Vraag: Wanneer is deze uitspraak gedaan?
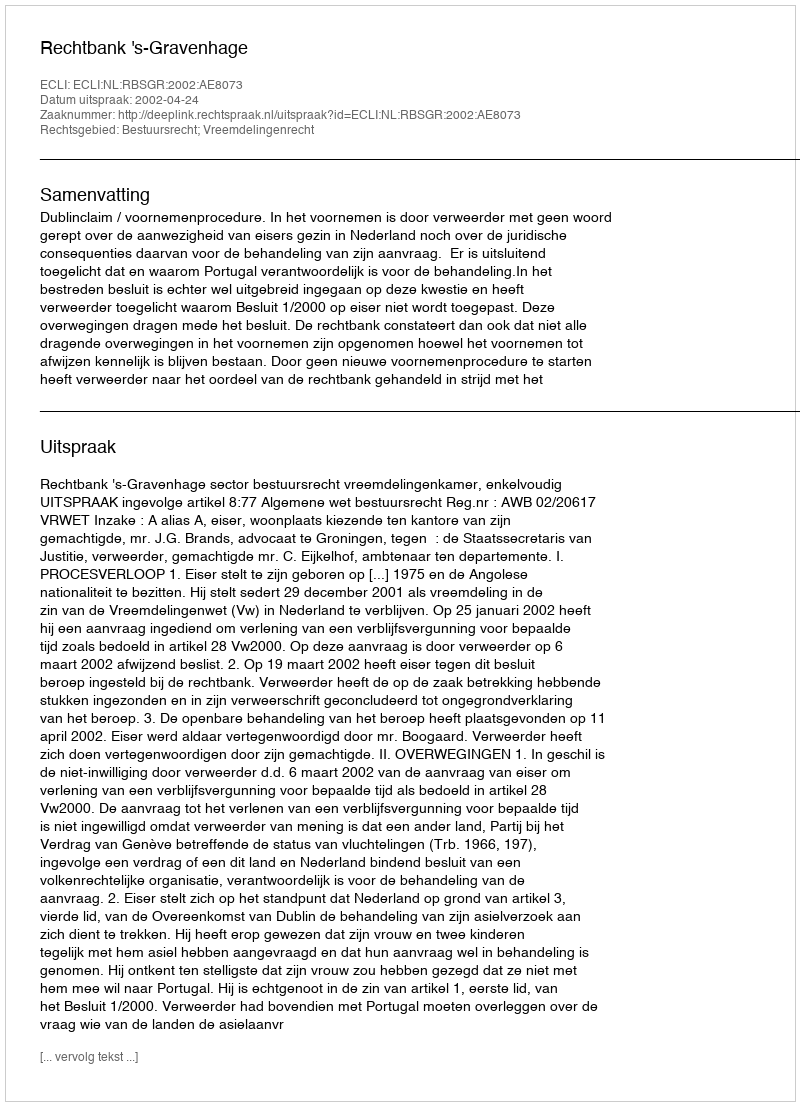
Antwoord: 2002-04-24